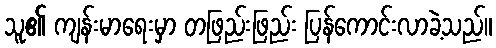
သူ၏ ကျန်းမာရေးမှာ တဖြည်းဖြည်း ပြန်ကောင်းလာခဲ့သည်။